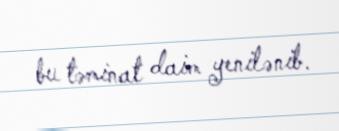
bu təminat daim yenilənib.